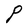
Character: P